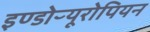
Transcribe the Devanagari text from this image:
इण्डोऱ्यूरोपियन